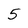
Character: 5